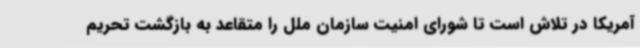
آمریکا در تلاش است تا شورای امنیت سازمان ملل را متقاعد به بازگشت تحریم